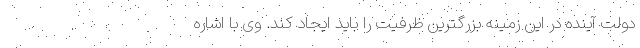
دولت آینده در این زمینه بزرگترین ظرفیت را باید ایجاد کند. وی با اشاره